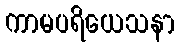
ကာမပရိယေသနာ